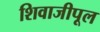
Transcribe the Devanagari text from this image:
शिवाजीपूल